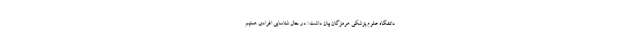
دانشگاه علوم پزشکی هرمزگان بیان داشت : در حال شناسایی افرادی هستیم